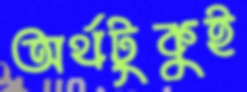
অর্থটুকুই